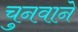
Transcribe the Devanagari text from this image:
चुनवाने